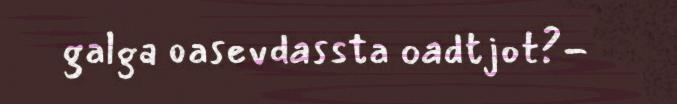
galga oasevdassta oadtjot?-